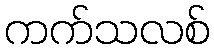
ကက်သလစ်